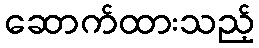
ဆောက်ထားသည့်